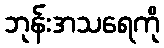
ဘုန်းအသရေကို